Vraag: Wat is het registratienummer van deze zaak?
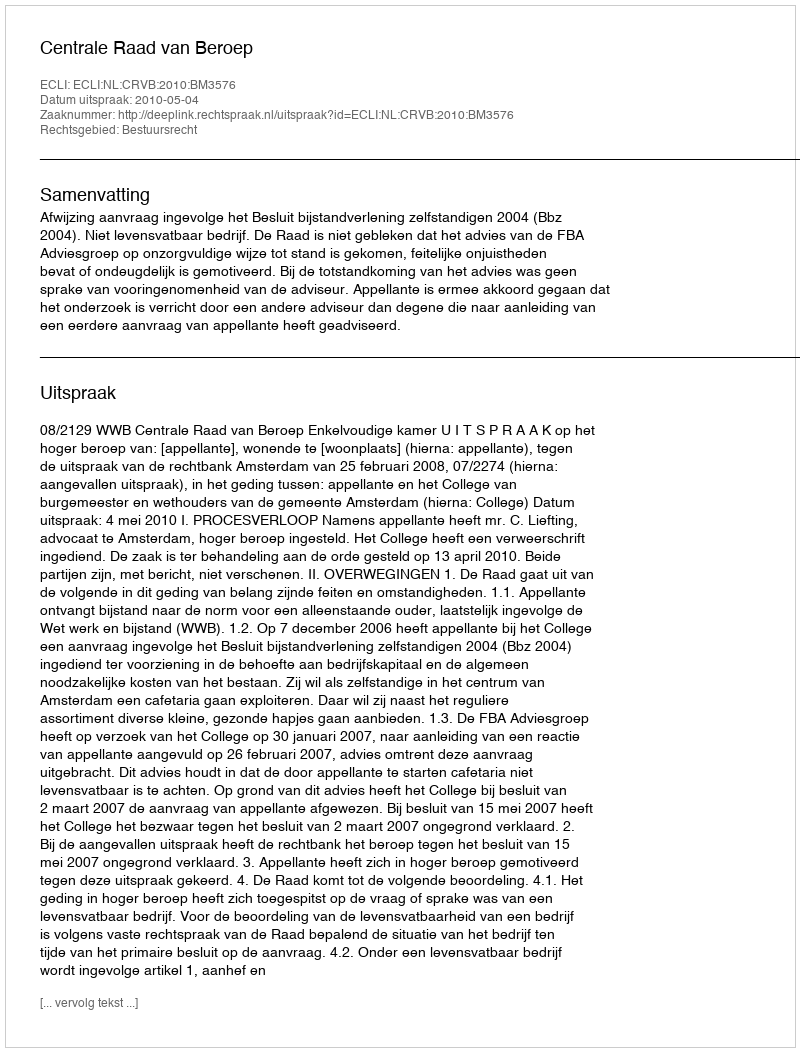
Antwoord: http://deeplink.rechtspraak.nl/uitspraak?id=ECLI:NL:CRVB:2010:BM3576